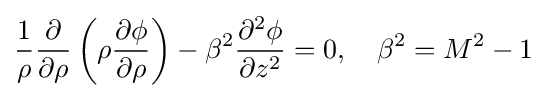
{\frac {1}{\rho }}{\frac {\partial }{\partial \rho }}\left(\rho {\frac {\partial \phi }{\partial \rho }}\right)-\beta ^{2}{\frac {\partial ^{2}\phi }{\partial z^{2}}}=0,\quad \beta ^{2}=M^{2}-1